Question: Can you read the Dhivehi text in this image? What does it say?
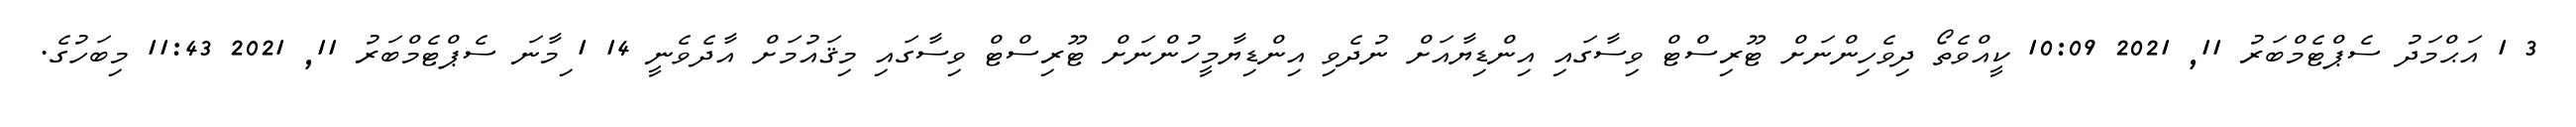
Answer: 3 1 އަޙްމަދު ސެޕްޓެމްބަރު 11, 2021 10:09 ކީއްވެތޯ ދިވެހިންނަށް ޓޫރިސްޓް ވިސާގައި އިންޑިޔާއަށް ނުދެވި އިންޑިޔާމީހުންނަށް ޓޫރިސްޓް ވިސާގައި މިޤައުމަށް އާދެވެނީ 14 1 ިމާނަ ސެޕްޓެމްބަރު 11, 2021 11:43 މިބަހުގެ.